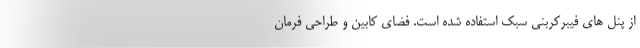
از پنل های فیبرکربنی سبک استفاده شده است. فضای کابین و طراحی فرمان